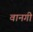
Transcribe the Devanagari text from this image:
वानगी